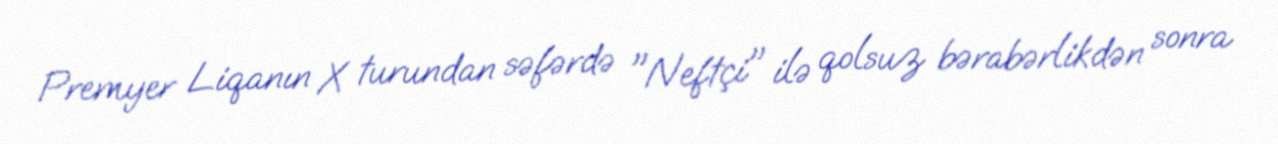
Premyer Liqanın X turundan səfərdə "Neftçi" ilə qolsuz bərabərlikdən sonra